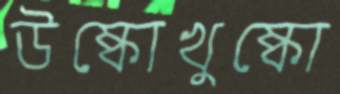
উষ্কোখুষ্কো